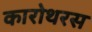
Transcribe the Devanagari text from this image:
कारोथरस